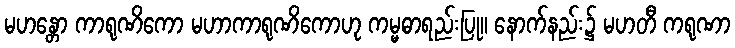
မဟန္တော ကာရုဏိကော မဟာကာရုဏိကောဟု ကမ္မဓာရည်းပြု။ နောက်နည်း၌ မဟတီ ကရုဏာ